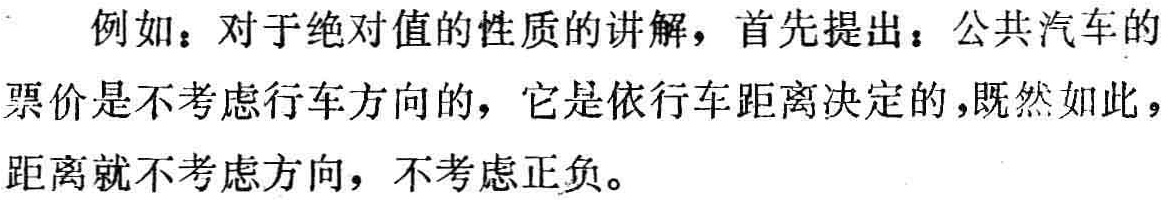
例如：对于绝对值的性质的讲解，首先提出：公共汽车的票价是不考虑行车方向的，它是依行车距离决定的，既然如此，距离就不考虑方向，不考虑正负。